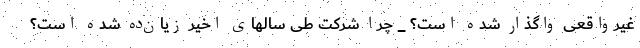
غیرواقعی واگذار شده است؟ _ چرا شرکت طی سالهای اخیر زیان‌ده شده است؟